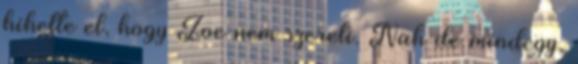
hihette el, hogy Zoe nem szereti. Nah de mindegy,